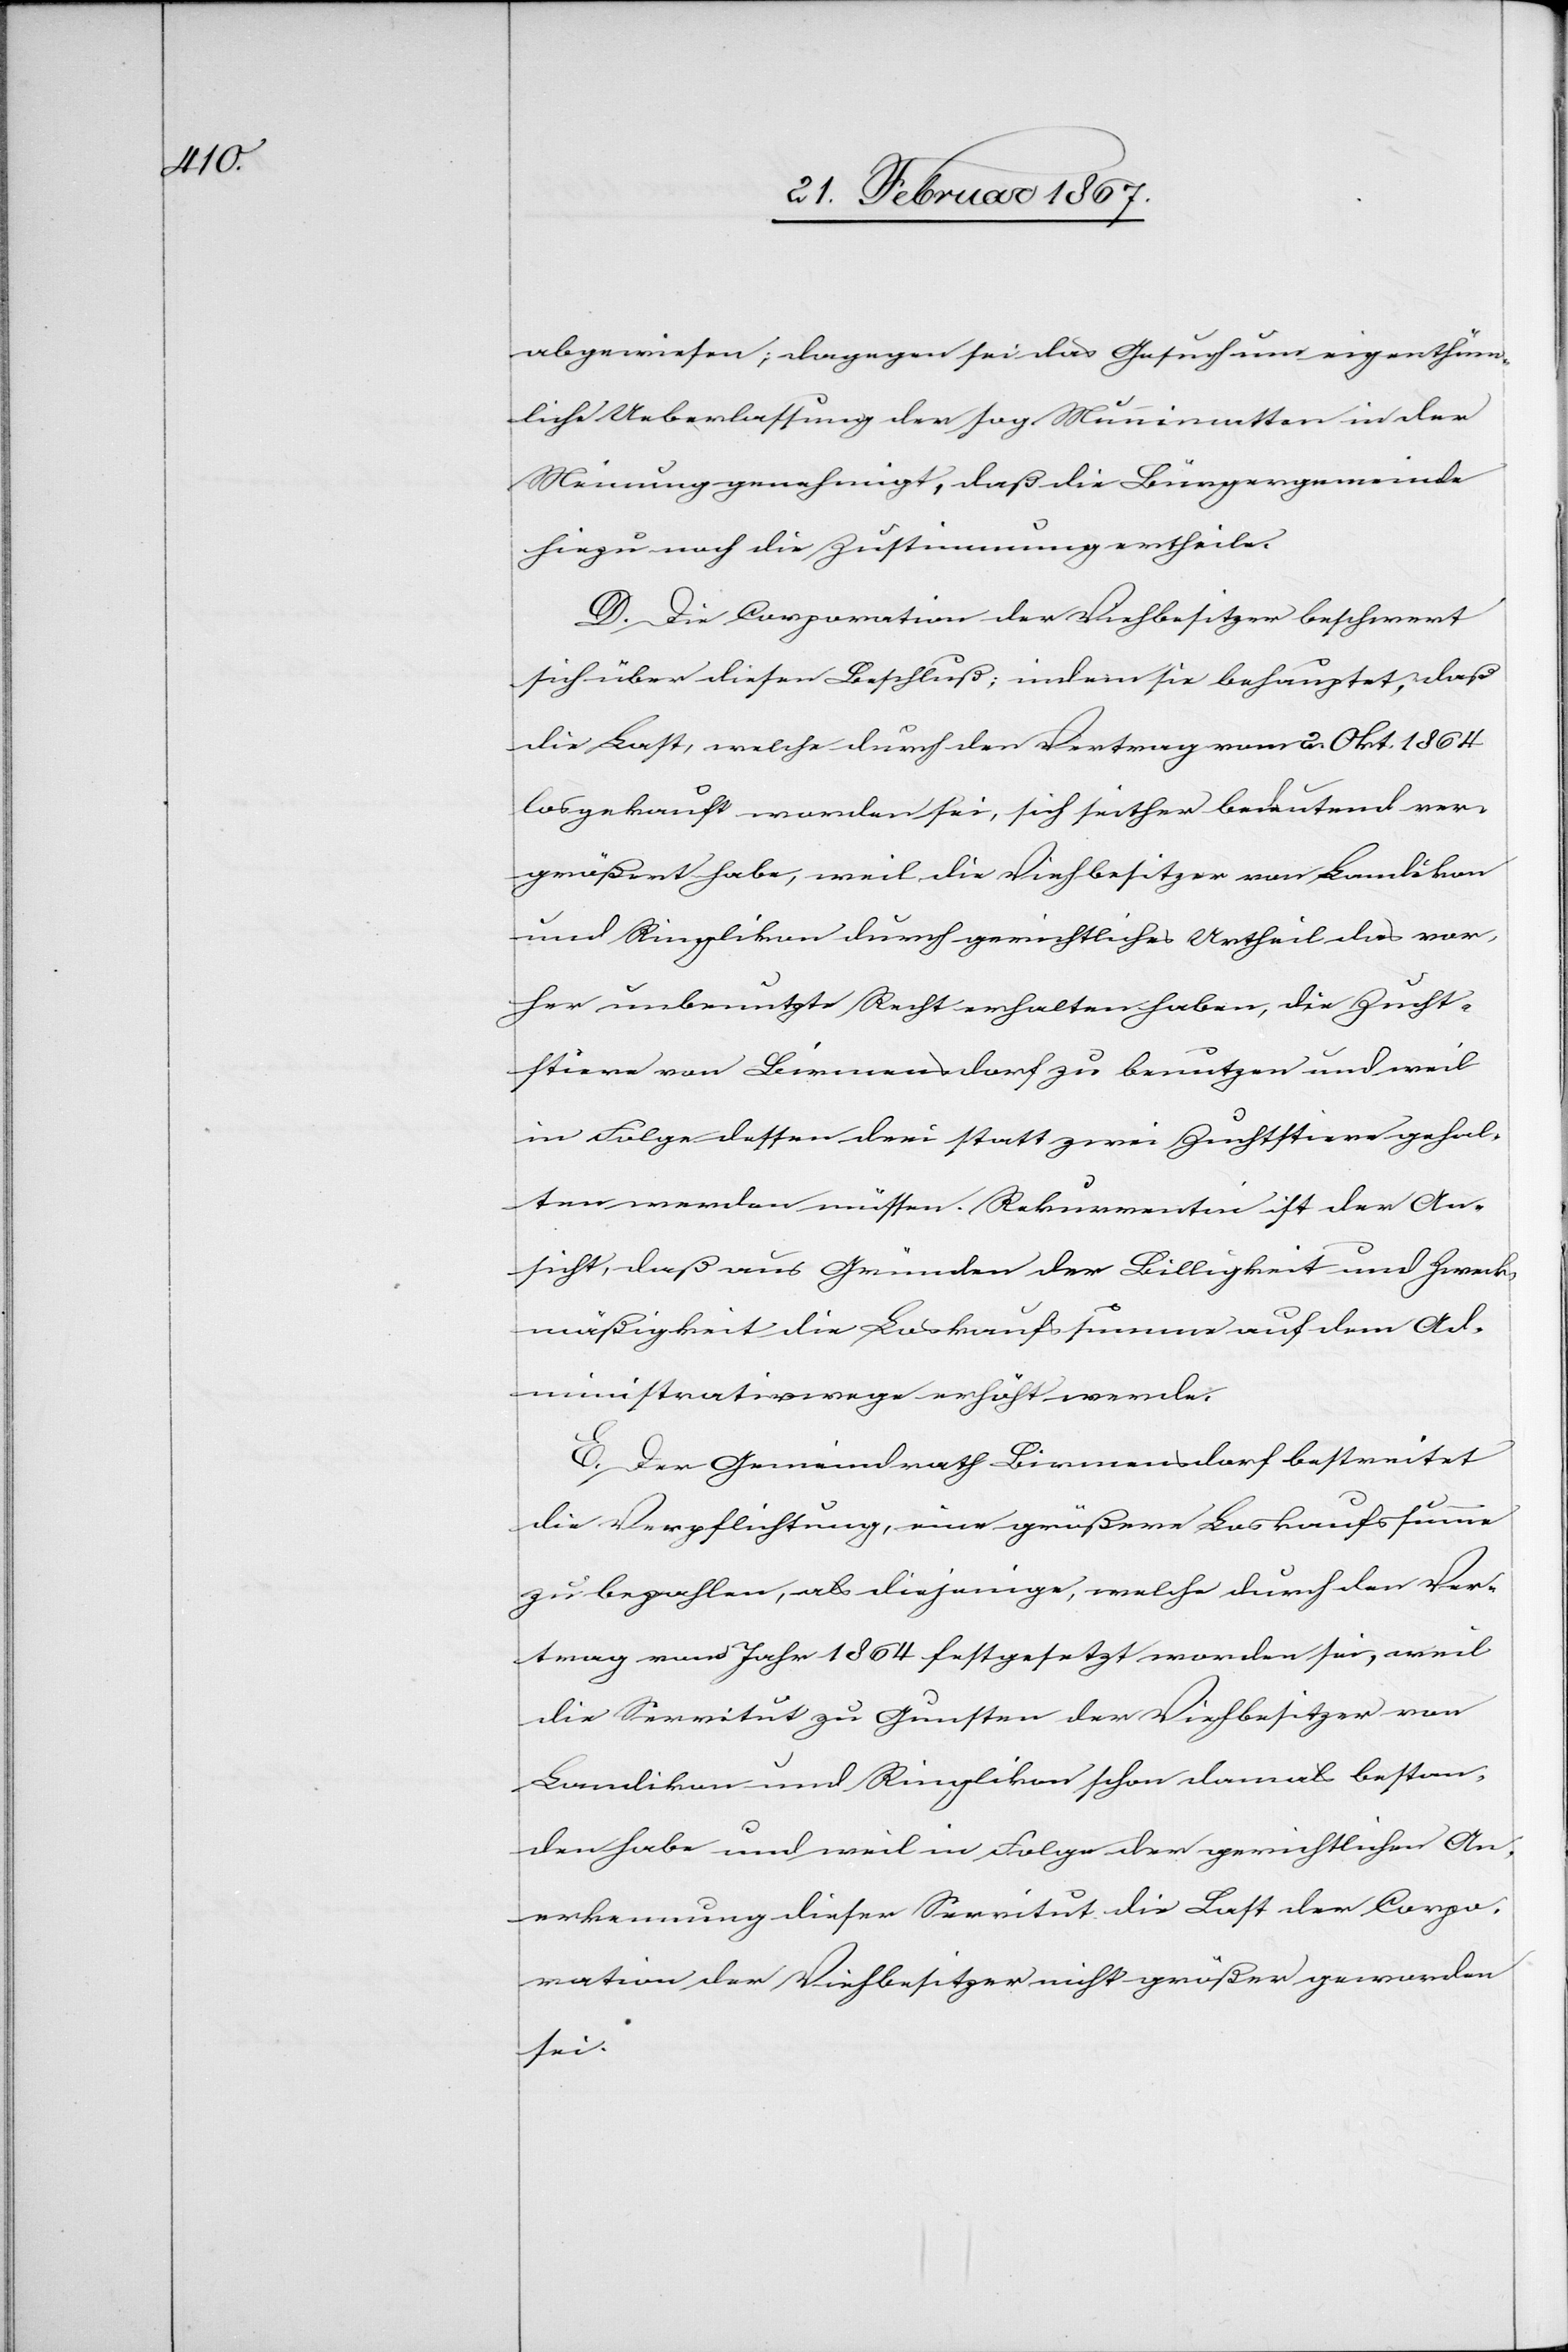
abgewiesen; dagegen sei das Gesuch um eigenthüm¬
liche Ueberlassung der sog. Munnimatten in der
Meinung genehmigt, daß die Bürgergemeinde
hiezu noch die Zustimmung ertheile.
D. Die Corporation der Viehbesitzer beschwert
sich über diesen Beschluß; indem sie behauptet, daß
die Last, welche durch den Vertrag vom 2. Okt. 1864
losgekauft worden sei, sich seither bedeutend ver¬
größert habe, weil die Viehbesitzer von Landikon
und Ringlikon durch gerichtliches Urtheil das vor¬
her unbenutzte Recht erhalten haben, die Zucht¬
stiere von Birmensdorf zu benutzen und weil
in Folge dessen drei statt zwei Zuchtstiere gehal¬
ten werden müssen. Rekurrentin ist der An¬
sicht, daß aus Gründen der Billigkeit und Zweck¬
mäßigkeit die Loskaufssumme auf dem Ad¬
ministrationswege erhöht werde.
E. Der Gemeindrath Birmensdorf bestreitet
die Verpflichtung, eine größere Loskaufssumme
zu bezahlen, als diejenige, welche durch den Ver¬
trag vom Jahr 1864 festgesetzt worden sei, weil
die Servitut zu Gunsten der Viehbesitzer von
Landikon und Ringlikon schon damals bestan¬
den habe und weil in Folge der gerichtlichen An¬
erkennung dieser Servitut die Last der Corpo¬
ration der Viehbesitzer nicht größer geworden
sei.